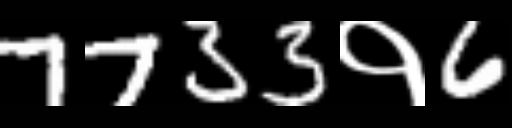
Text: 7733१6